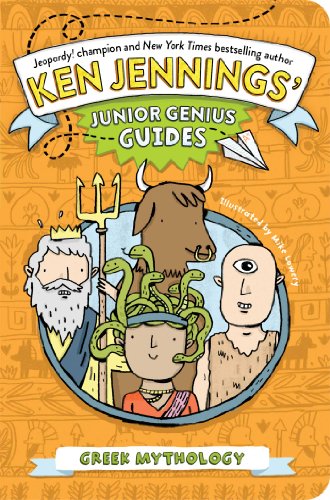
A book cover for Greek Mythology (Ken Jennings' Junior Genius Guides); Ken Jennings; Children's Books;